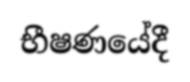
භීෂණයේදී